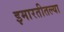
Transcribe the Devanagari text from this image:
इमारतीतल्या